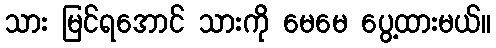
သား မြင်ရအောင် သားကို မေမေ ပွေ့ထားမယ်။